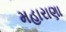
મહારાણા